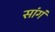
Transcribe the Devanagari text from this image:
सांगं